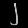
Digit: ၂